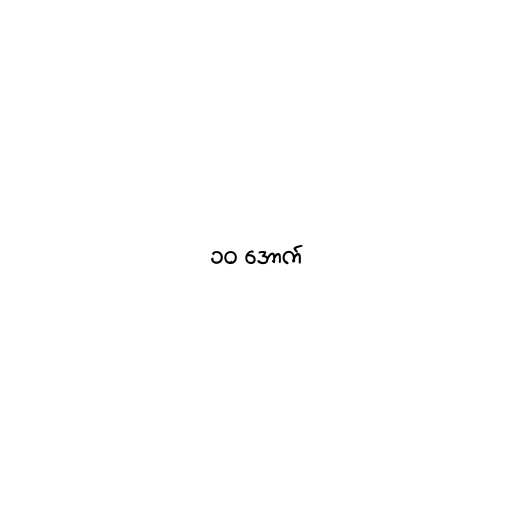
၁၀ အောက်